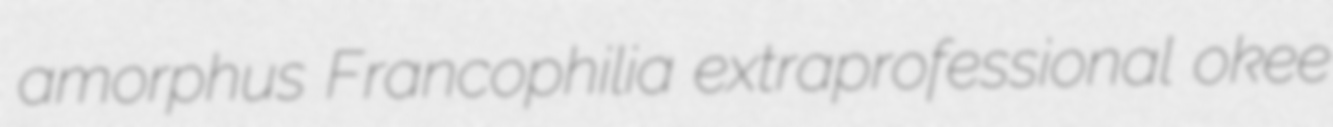
amorphus Francophilia extraprofessional okee